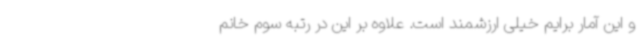
و این آمار برایم خیلی ارزشمند است. علاوه بر این در رتبه سوم خانم